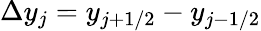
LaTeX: \Delta y_{j}=y_{j+1/2}-y_{j-1/2}